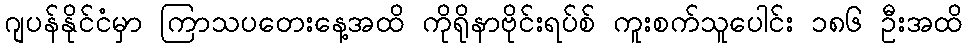
ဂျပန်နိုင်ငံမှာ ကြာသပတေးနေ့အထိ ကိုရိုနာဗိုင်းရပ်စ် ကူးစက်သူပေါင်း ၁၈၆ ဦးအထိ